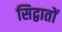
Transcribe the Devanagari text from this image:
सिद्वातों